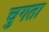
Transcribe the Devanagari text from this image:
चुगता